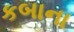
કબાના